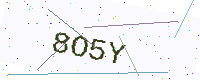
Text: 8O5Y